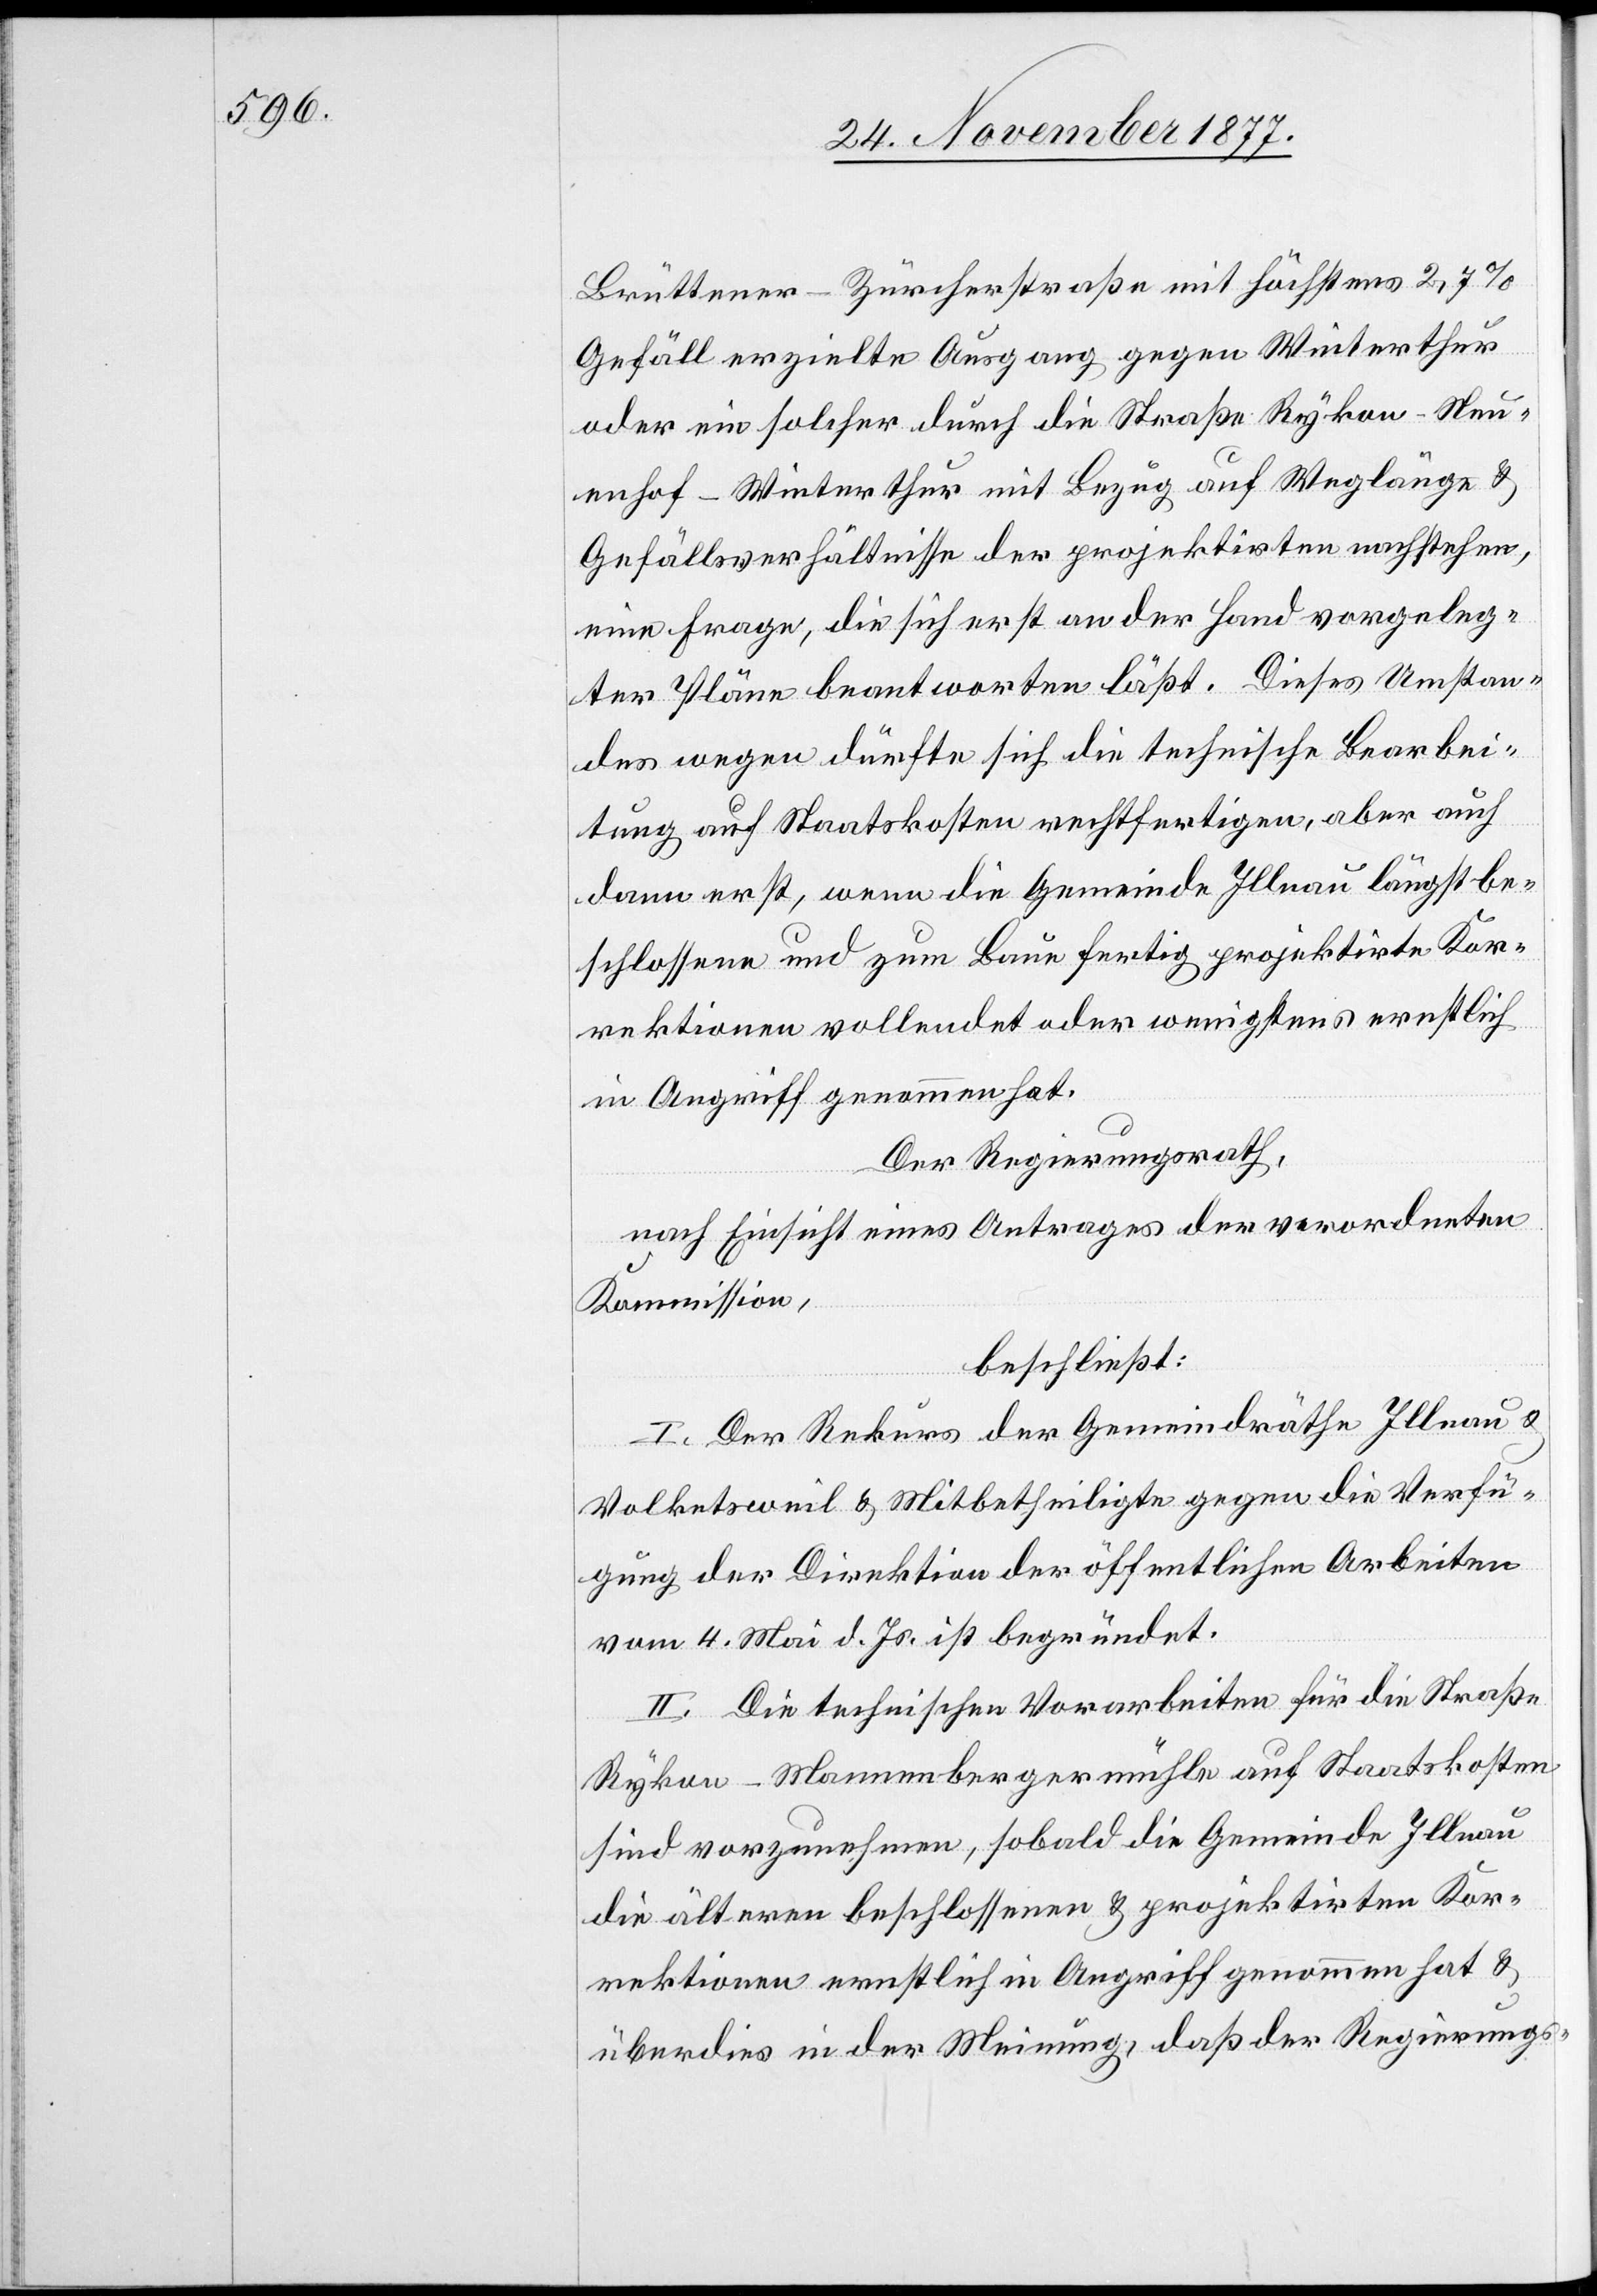
Brüttener–Zürcherstraße mit höchstens 2,7%
Gefäll erzielte Ausgang gegen Winterthur
oder ein solcher durch die Straße Rykon–Neu¬
enhof–Winterthur mit Bezug auf Weglänge &
Gefällsverhältnisse der projektirten nachstehen,
eine Frage, die sich erst an der Hand vorgeleg¬
ter Pläne beantworten läßt. Dieses Umstan¬
des wegen dürfte sich die technische Bearbei¬
tung auf Staatskosten rechtfertigen, aber auch
dann erst, wenn die Gemeinde Illnau längst be¬
schlossene und zum Baue fertig projektirte Kor¬
rektionen vollendet oder wenigstens ernstlich
in Angriff genommen hat.
Der Regierungsrath,
nach Einsicht eines Antrages der verordneten
Kommission,
beschließt:
I. Der Rekurs der Gemeindräthe Illnau &
Volketsweil & Mitbetheiligte gegen die Verfü¬
gung der Direktion der öffentlichen Arbeiten
vom 4. Mai d. Js. ist begründet.
II. Die technischen Vorarbeiten für die Straße
Rykon–Mannenbergermühle auf Staatskosten
sind vorzunehmen, sobald die Gemeinde Illnau
die älteren beschlossenen & projektirten Kor¬
rektionen ernstlich in Angriff genommen hat &
überdies in der Meinung, daß der Regierungs-